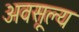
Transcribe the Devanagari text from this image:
अवसूल्य